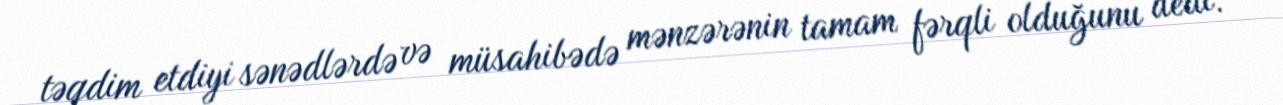
təqdim etdiyi sənədlərdə və müsahibədə mənzərənin tamam fərqli olduğunu dedi.